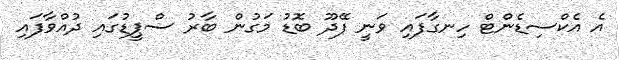
އެ އެކްސިޑެންޓް ހިނގާފައި ވަނީ ފޭދޫ ބޮޑު މަގުން ބާރު ސްޕީޑުގައި ދުއްވާފައި